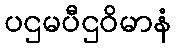
ပဌမပီဌဝိမာနံ